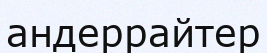
андеррайтер